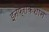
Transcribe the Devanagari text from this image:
इनफ्राकशान